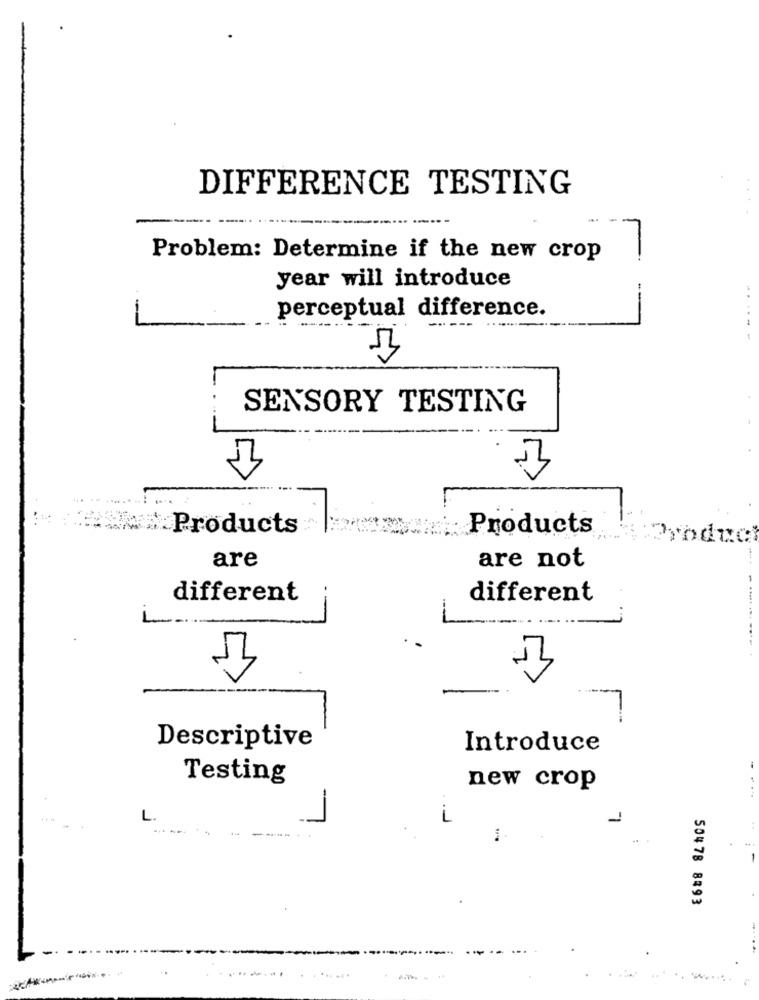
DIFFERENCE TESTING
---- -
-.
Problem: Determine if the new crop
year will introduce
perceptual difference.
---
SENSORY TESTING
Products
Products
roduc
are
are not
different
different
Descriptive
Introduce
Testing
new crop
-
1.
i
..
50478 8893
----
-- -